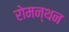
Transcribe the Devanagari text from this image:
रोमन्थन